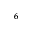
_ { 6 }